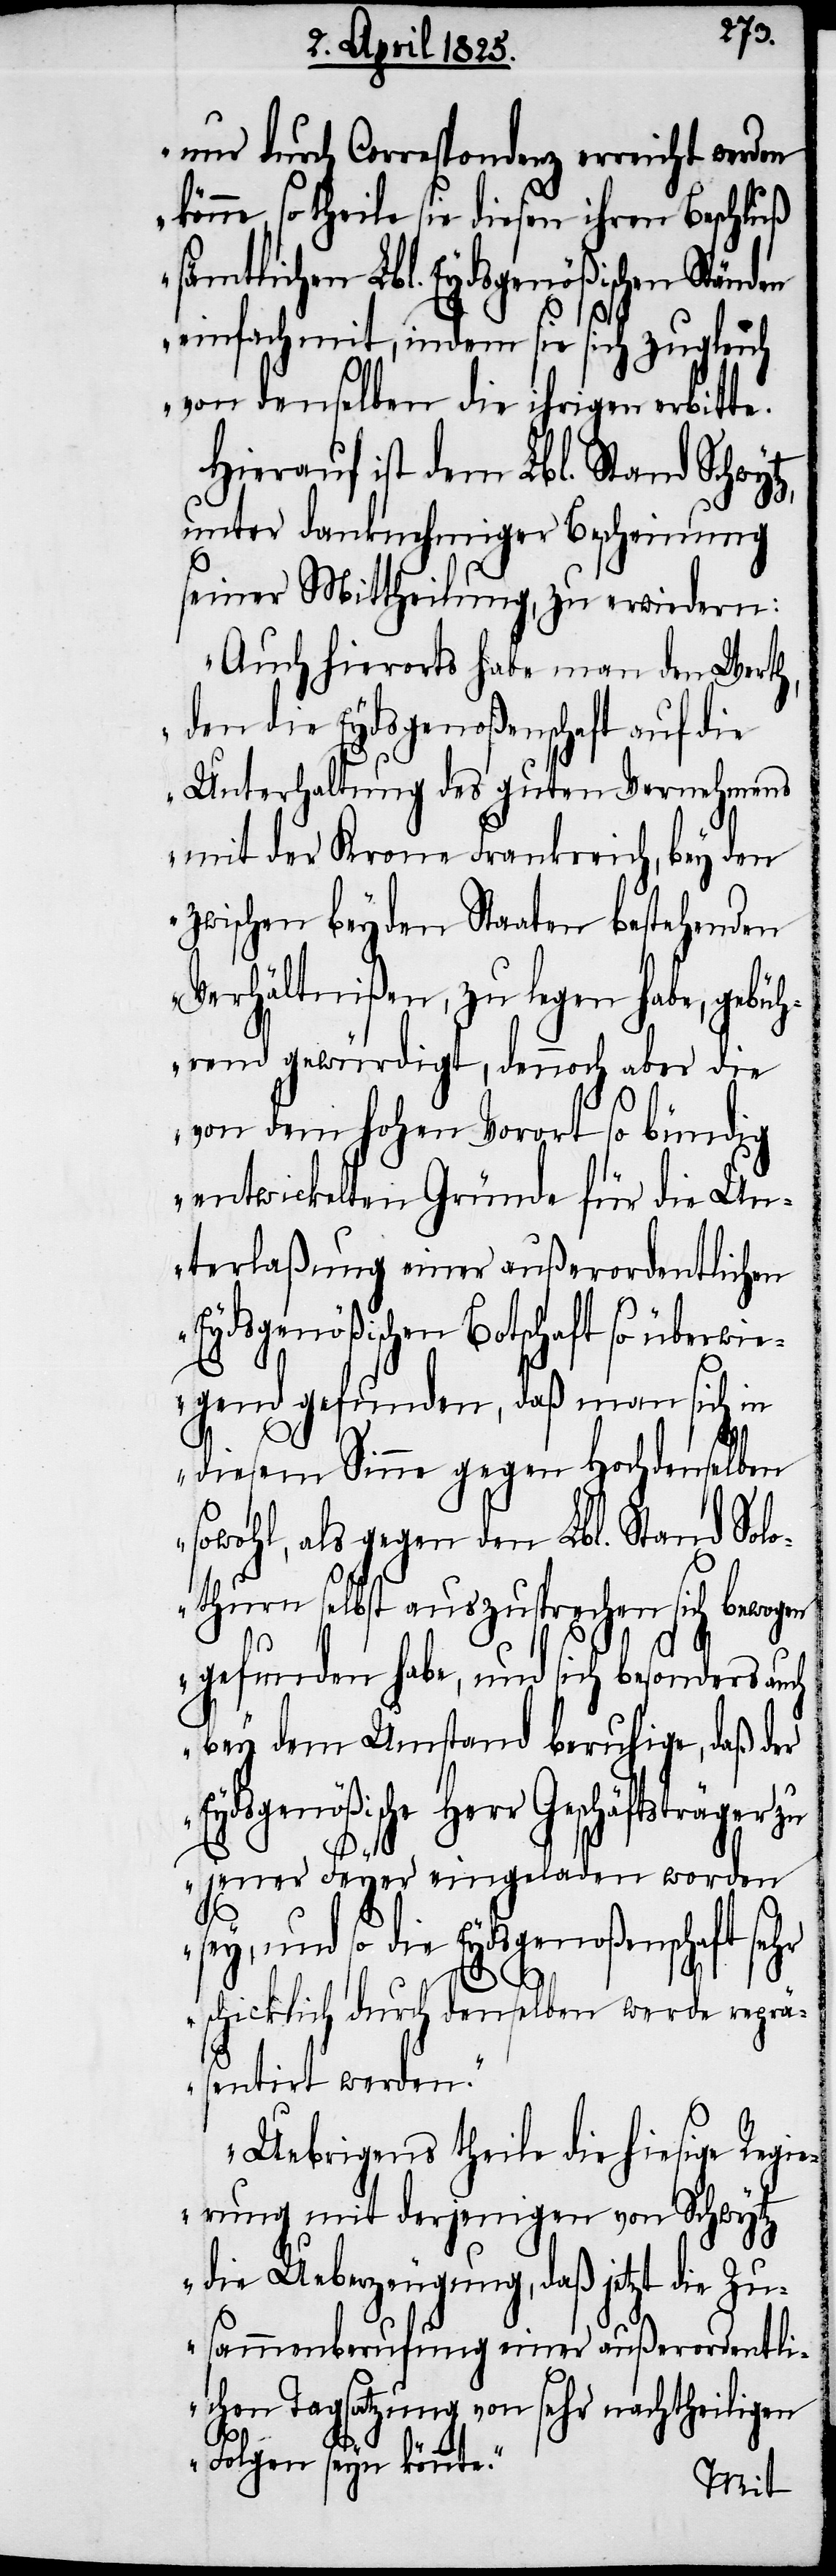
nur durch Correspondenz erreicht werden
önne, so theile sie diesen ihren Beschluß
sämtlichen Lbl. Eydsgenößischen Ständen
einfach mit, indem sie sich zugleich
von denselben die ihrigen erbitte.
Hierauf ist dem Lbl. Stand Schwy¬
unter danknehmiger Bescheinung
seiner Mittheilung, zu erwiedern:
„Auch hierorts habe man den Werth,
den die Eydsgenoßenschaft auf die
Unterhaltung des guten Vernehmens
mit der Krone Frankreich, bey den
zwischen beyden Staaten bestehenden
Verhältnißen, zu legen habe, gebüh¬
rend gewürdigt, dennoch aber die
von dem hohen Vorort so bündig
entwickelten Gründe für die Un¬
terlaßung einer außerordentlichen
Eydsgenößischen Botschaft so überwie¬
gend gefunden, daß man sich in
E¬
diesem Sinne gegen Hochdenselben
sowohl, als gegen den Lbl. Stand Solo¬
thurn selbst auszusprechen sich bewogen
gefunden habe, und sich besonders auch
bey dem Umstand beruhige, daß der
ydsgenößische Herr Geschäftsträger
jener Feyer eingeladen worden
sey, und so die Eydsgenoßenschaft sehr
schicklich durch denselben werde reprä¬
sentirt werden.
Uebrigens theile die hiesige Regi¬
erung mit derjenigen von Schwytz
die Ueberzeugung, daß jetzt die Zu¬
sammenberufung einer außerordentli¬
chen Tagsatzung von sehr nachtheiligen
Folgen seyn könnte.“